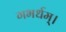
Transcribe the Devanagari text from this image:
गभर्धम्।